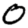
Digit: 0